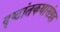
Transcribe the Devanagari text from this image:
दृष्टांतकथासंग्रह